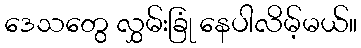
ဒေသတွေ လွှမ်းခြုံ နေပါလိမ့်မယ်။